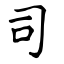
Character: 司